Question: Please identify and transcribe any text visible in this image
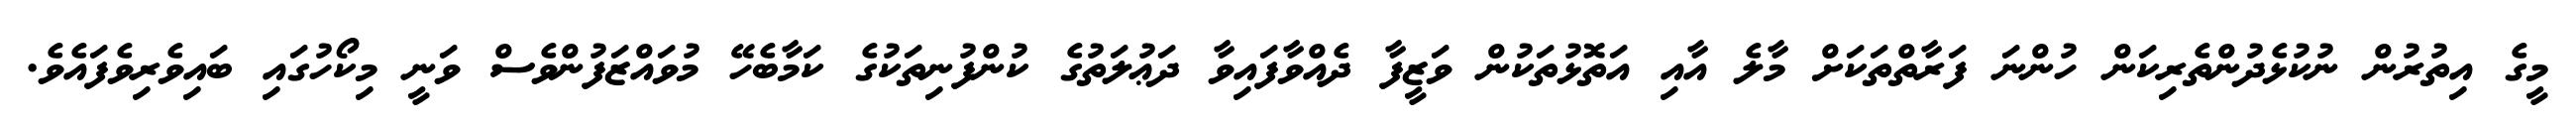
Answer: މީގެ އިތުރުން ނުކުޅެދުންތެރިކަން ހުންނަ ފަރާތްތަކަށް މާލެ އާއި އަތޮޅުތަކުން ވަޒީފާ ދެއްވާފައިވާ ދަޢުލަތުގެ ކުންފުނިތަކުގެ ކަމާބެހޭ މުވައްޒަފުންވެސް ވަނީ މިކޯހުގައި ބައިވެރިވެފައެވެ.